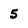
Character: 5